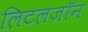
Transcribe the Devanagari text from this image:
लिटलजॉन